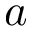
a